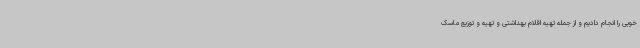
خوبی را انجام دادیم و از جمله تهیه اقلام بهداشتی و تهیه و توزیع ماسک